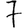
Digit: 7